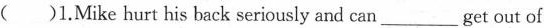
( )1.Mike hurt his back seriously and can___get out of